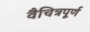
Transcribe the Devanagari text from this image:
वैचित्रपूर्ण